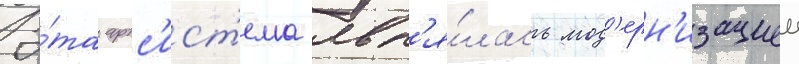
Э́та артс'ист'ема явл'я́лась мод'ерн'изациеи